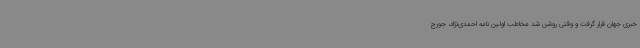
خبری جهان قرار گرفت و وقتی روشن شد مخاطب اولین نامه احمدی‌نژاد، جورج